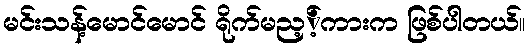
မင်းသန့်မောင်မောင် ရိုက်မည့့်ကားက ဖြစ်ပါတယ်။